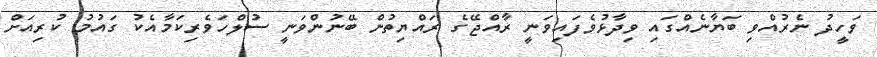
ވަހީދު ނެރުއްވި ބަޔާނެއްގައި ވިދާޅުވެފައިވަނީ ރާއްޖޭގެ ރައްޔިތުން ބޭނުންވަނީ ސުލްހަވެރިކަމާއެކު ގައުމު ކުރިއަށް